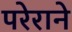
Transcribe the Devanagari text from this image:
परेराने